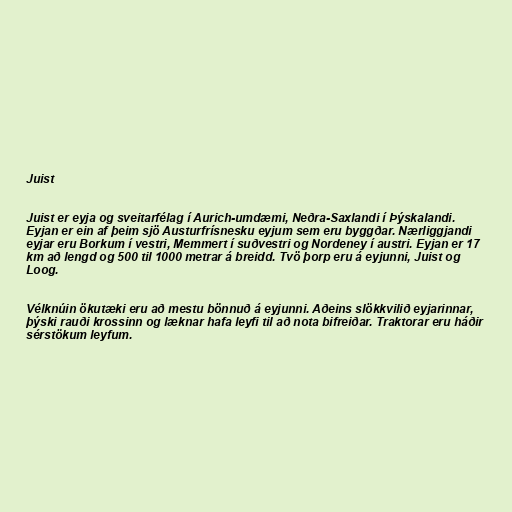
Juist

Juist er eyja og sveitarfélag í Aurich-umdæmi, Neðra-Saxlandi í Þýskalandi.
Eyjan er ein af þeim sjö Austurfrísnesku eyjum sem eru byggðar. Nærliggjandi
eyjar eru Borkum í vestri, Memmert í suðvestri og Nordeney í austri. Eyjan er 17
km að lengd og 500 til 1000 metrar á breidd. Tvö þorp eru á eyjunni, Juist og
Loog.

Vélknúin ökutæki eru að mestu bönnuð á eyjunni. Aðeins slökkvilið eyjarinnar,
þýski rauði krossinn og læknar hafa leyfi til að nota bifreiðar. Traktorar eru háðir
sérstökum leyfum.